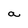
Character: a